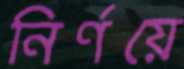
নির্ণয়ে